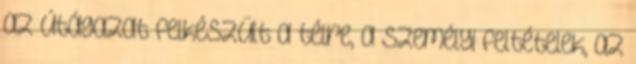
az útágazat felkészült a télre, a személyi feltételek, az